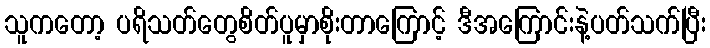
သူကတော့ ပရိသတ်တွေစိတ်ပူမှာစိုးတာကြောင့် ဒီအကြောင်းနဲ့ပတ်သက်ပြီး